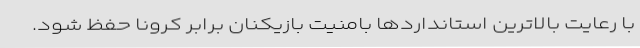
با رعایت بالاترین استانداردها بامنیت بازیکنان برابر کرونا حفظ شود.